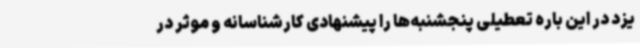
یزد در این باره تعطیلی پنجشنبه‌ها را پیشنهادی کارشناسانه و موثر در